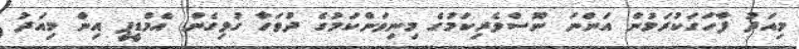
މިއަދު ފާހަގަކުރަމުން އަންނަ ނޫސްވެރިކަމުގެ މިނިވަންކަމުގެ ދުވަހާ ގުޅިގެން އެމްޑީޕީ އިން މިއަދު